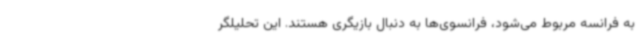
به فرانسه مربوط می‌شود، فرانسوی‌ها به دنبال بازیگری هستند. این تحلیلگر